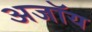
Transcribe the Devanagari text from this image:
अजॉय